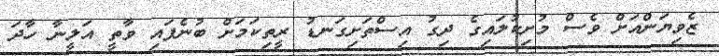
ޒެވިޔަންއަށް ވެސް މުށިކުލައިގެ ދިގު އިސްތަށިގަނޑު ރީތިކަމަށް ބުނެފައި ވާތީ އަލީނާ ހާދަ